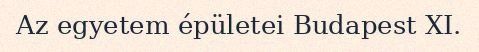
Az egyetem épületei Budapest XI.